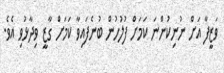
ވަޒީފާ އަށް ނުނިކުންނަ ކަމަށް ފުލުހުން ބުނެފައިވާ ކަމަށް ގާޒީ ވިދާޅުވި އެވެ.